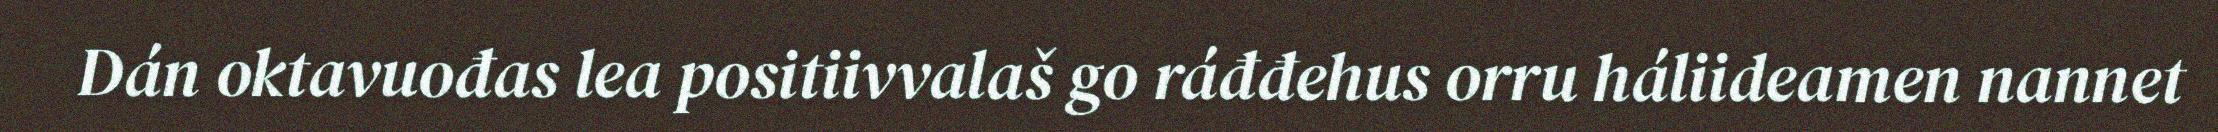
Dán oktavuođas lea positiivvalaš go ráđđehus orru háliideamen nannet